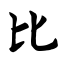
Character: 比